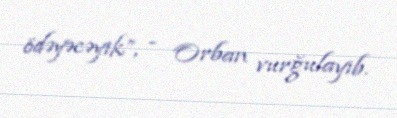
ödəyəcəyik”, - Orban vurğulayıb.